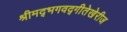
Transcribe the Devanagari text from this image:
श्रीमद्‌भगवद्‌गीतेखेरीज